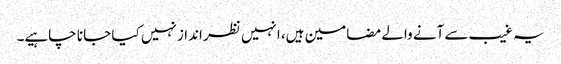
یہ غیب سے آنے والے مضامین ہیں، انہیں نظر انداز نہیں کیا جا نا چاہیے۔